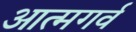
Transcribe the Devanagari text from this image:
आत्मगर्व